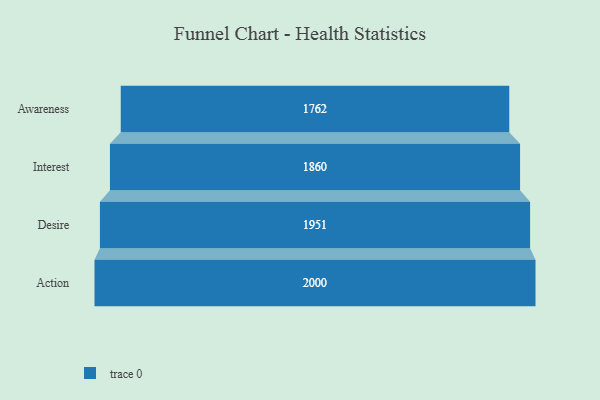
{"axis": {"x": "Stage", "y": "Value"}, "legend": [""], "data": [{"x": "Awareness", "y": 1762.0, "type": ""}, {"x": "Interest", "y": 1860.0, "type": ""}, {"x": "Desire", "y": 1951.0, "type": ""}, {"x": "Action", "y": 2000, "type": ""}]}